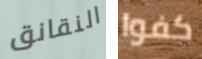
النقانق كفوا